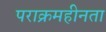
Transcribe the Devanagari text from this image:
पराक्रमहीनता